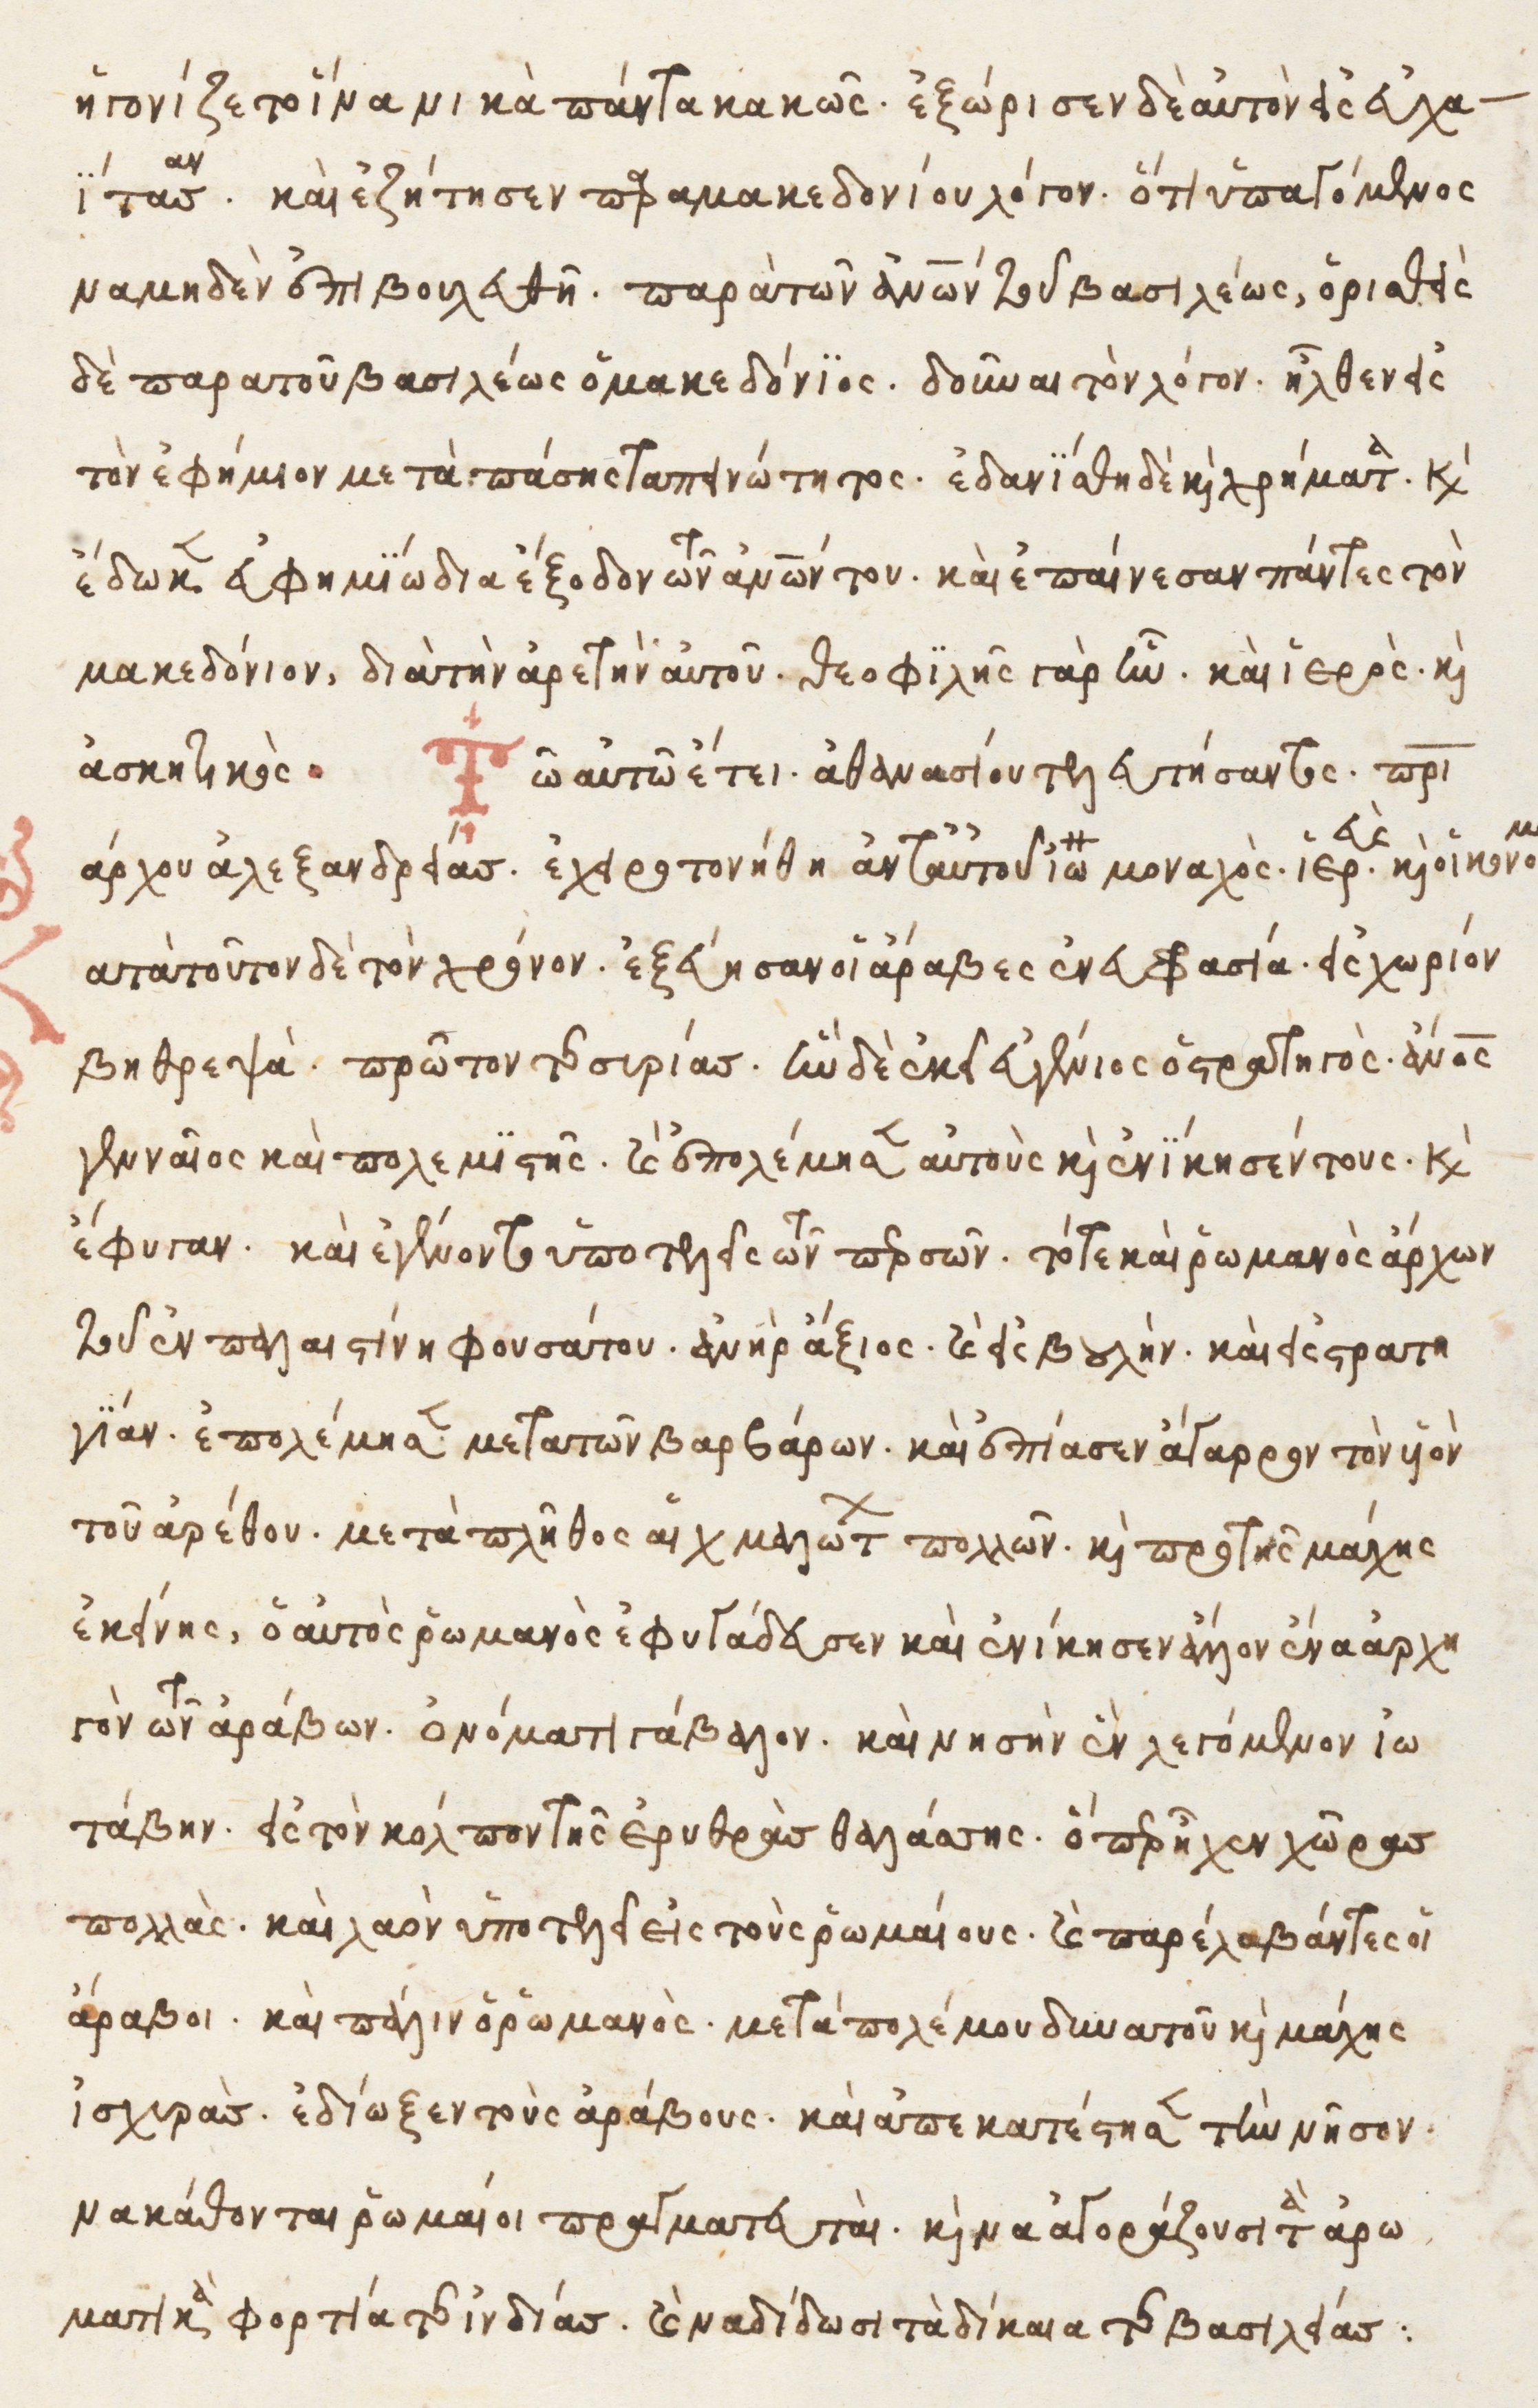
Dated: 1525–1549